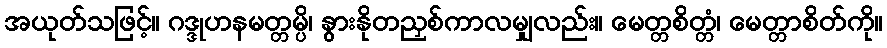
အယုတ်သဖြင့်။ ဂဒ္ဒုဟနမတ္တမ္ပိ၊ နွားနိုတညှစ်ကာလမျှလည်း။ မေတ္တစိတ္တံ၊ မေတ္တာစိတ်ကို။